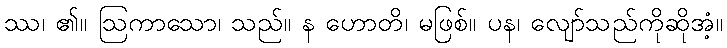
ဿ၊ ၏။ ဩကာသော၊ သည်။ န ဟောတိ၊ မဖြစ်။ ပန၊ လျော်သည်ကိုဆိုအံ့။